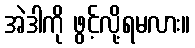
အဲဒါကို ဖွင့်လို့ရမလား။